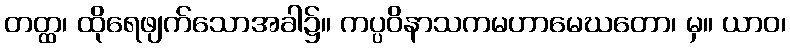
တတ္ထ၊ ထိုရေဖျက်သောအခါ၌။ ကပ္ပဝိနာသကမဟာမေဃတော၊ မှ။ ယာဝ၊